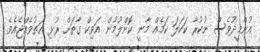
އުންމީދުވެސް ނުކުރާ ކަހަލަ ކަމެއް މާނީ ކޮށްލުމުން އަވިކް ގާތަށް ރުޅި އަތުވެއްޖެއެވެ.